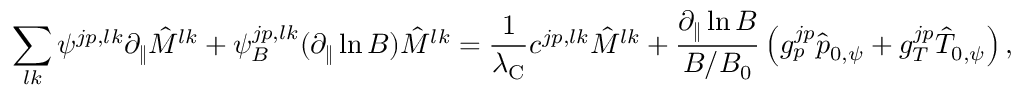
\sum _ { l k } \psi ^ { j p , l k } \partial _ { \| } \hat { M } ^ { l k } + \psi _ { B } ^ { j p , l k } ( \partial _ { \| } \ln B ) \hat { M } ^ { l k } = \frac { 1 } { \lambda _ { \mathrm { C } } } c ^ { j p , l k } \hat { M } ^ { l k } + \frac { \partial _ { \| } \ln B } { B / B _ { 0 } } \left( g _ { p } ^ { j p } \hat { p } _ { 0 , \psi } + g _ { T } ^ { j p } \hat { T } _ { 0 , \psi } \right) ,